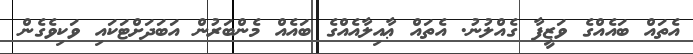
އެތައް ބައެއްގެ ވަޒީފާ ގެއްލުނު. އެތައް ޢާއިލާއެއްގެ ބައެއް މެންބަރުން އަބަދަށްޓަކައި ވަކިވެގެން